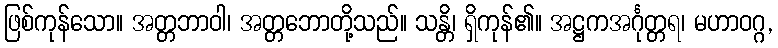
ဖြစ်ကုန်သော။ အတ္တဘာဝါ၊ အတ္တဘောတို့သည်။ သန္တိ၊ ရှိကုန်၏။ အဋ္ဌကအင်္ဂုတ္တရ၊ မဟာဝဂ္ဂ,